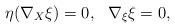
LaTeX: \begin{align*}\eta(\nabla_X\xi)=0, \ \ \nabla_{\xi}\xi=0,\end{align*}